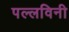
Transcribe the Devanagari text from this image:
पल्लविनी